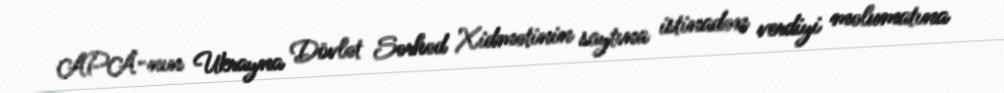
APA-nın Ukrayna Dövlət Sərhəd Xidmətinin saytına istinadən verdiyi məlumatına